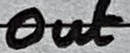
Text: Out